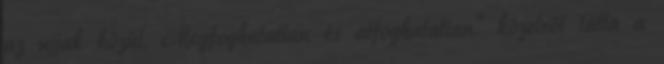
az újjak közül. Megfoghatatlan és átfoghatatlan." közelről látta a